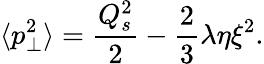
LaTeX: \langle p_{\bot}^{2}\rangle=\frac{Q_{s}^{2}}{2}-\frac{2}{3}\lambda\eta\xi^{2}.